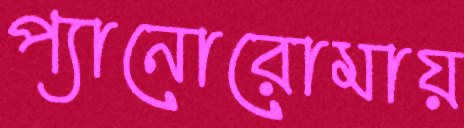
প্যানোরোমায়